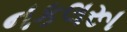
નકલરૂા